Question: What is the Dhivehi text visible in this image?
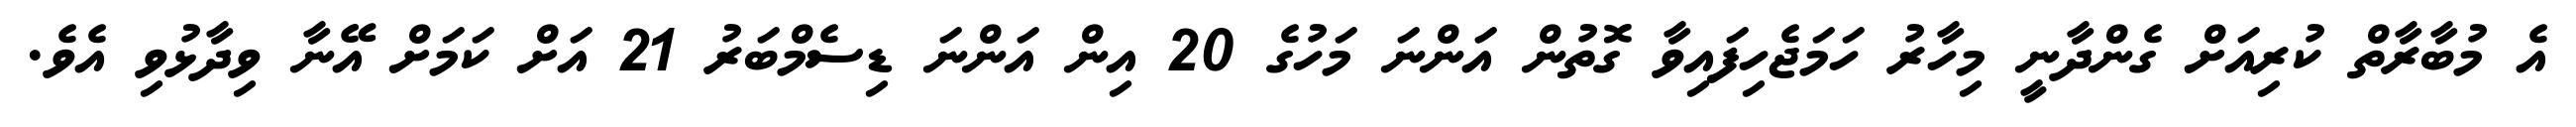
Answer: އެ މުބާރާތް ކުރިއަށް ގެންދާނީ މިހާރު ހަމަޖެހިފައިވާ ގޮތުން އަންނަ މަހުގެ 20 އިން އަންނަ ޑިސެމްބަރު 21 އަށް ކަމަށް އޭނާ ވިދާޅުވި އެވެ.